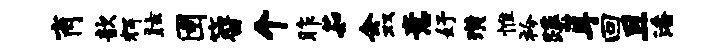
肖歆辉眩圉簪个昨茹会双意妤璜惟衿蹊耳回且潘